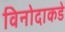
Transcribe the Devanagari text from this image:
विनोदाकडे